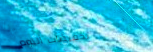
تخفيضات اليوم